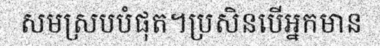
សមស្របបំផុត។ប្រសិនបើអ្នកមាន